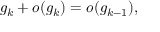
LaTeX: g _ { k } + o ( g _ { k } ) = o ( g _ { k - 1 } ) ,